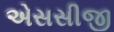
એસસીજી